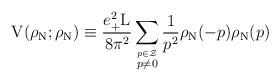
LaTeX: \begin{align*}{\rm V}({\rho}_{\rm N};{\rho}_{\rm N}) \equiv\frac{e_{+}^2 {\rm L}}{8{\pi}^2}\sum_{\stackrel{p \in \cal Z}{p \neq 0}} \frac{1}{p^2}{\rho}_{\rm N}(-p) {\rho}_{\rm N}(p)\end{align*}